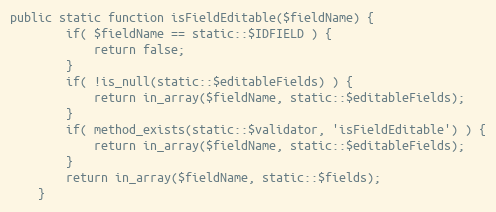
Language: PHP
public static function isFieldEditable($fieldName) {
		if( $fieldName == static::$IDFIELD ) {
			return false;
		}
		if( !is_null(static::$editableFields) ) {
			return in_array($fieldName, static::$editableFields);
		}
		if( method_exists(static::$validator, 'isFieldEditable') ) {
			return in_array($fieldName, static::$editableFields);
		}
		return in_array($fieldName, static::$fields);
	}